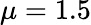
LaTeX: \mu=1.5